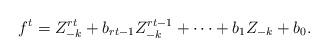
LaTeX: \begin{align*}f^t = Z_{-k}^{rt}+b_{rt-1}Z_{-k}^{rt-1}+\dots+b_1 Z_{-k}+ b_0.\end{align*}